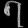
Digit: ၇